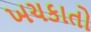
ખચકાતો